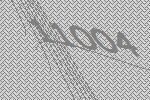
11004